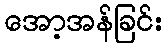
အော့အန်ခြင်း